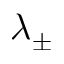
\lambda _ { \pm }